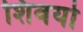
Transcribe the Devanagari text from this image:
शिवयो